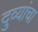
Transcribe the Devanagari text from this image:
दुव्यांचा